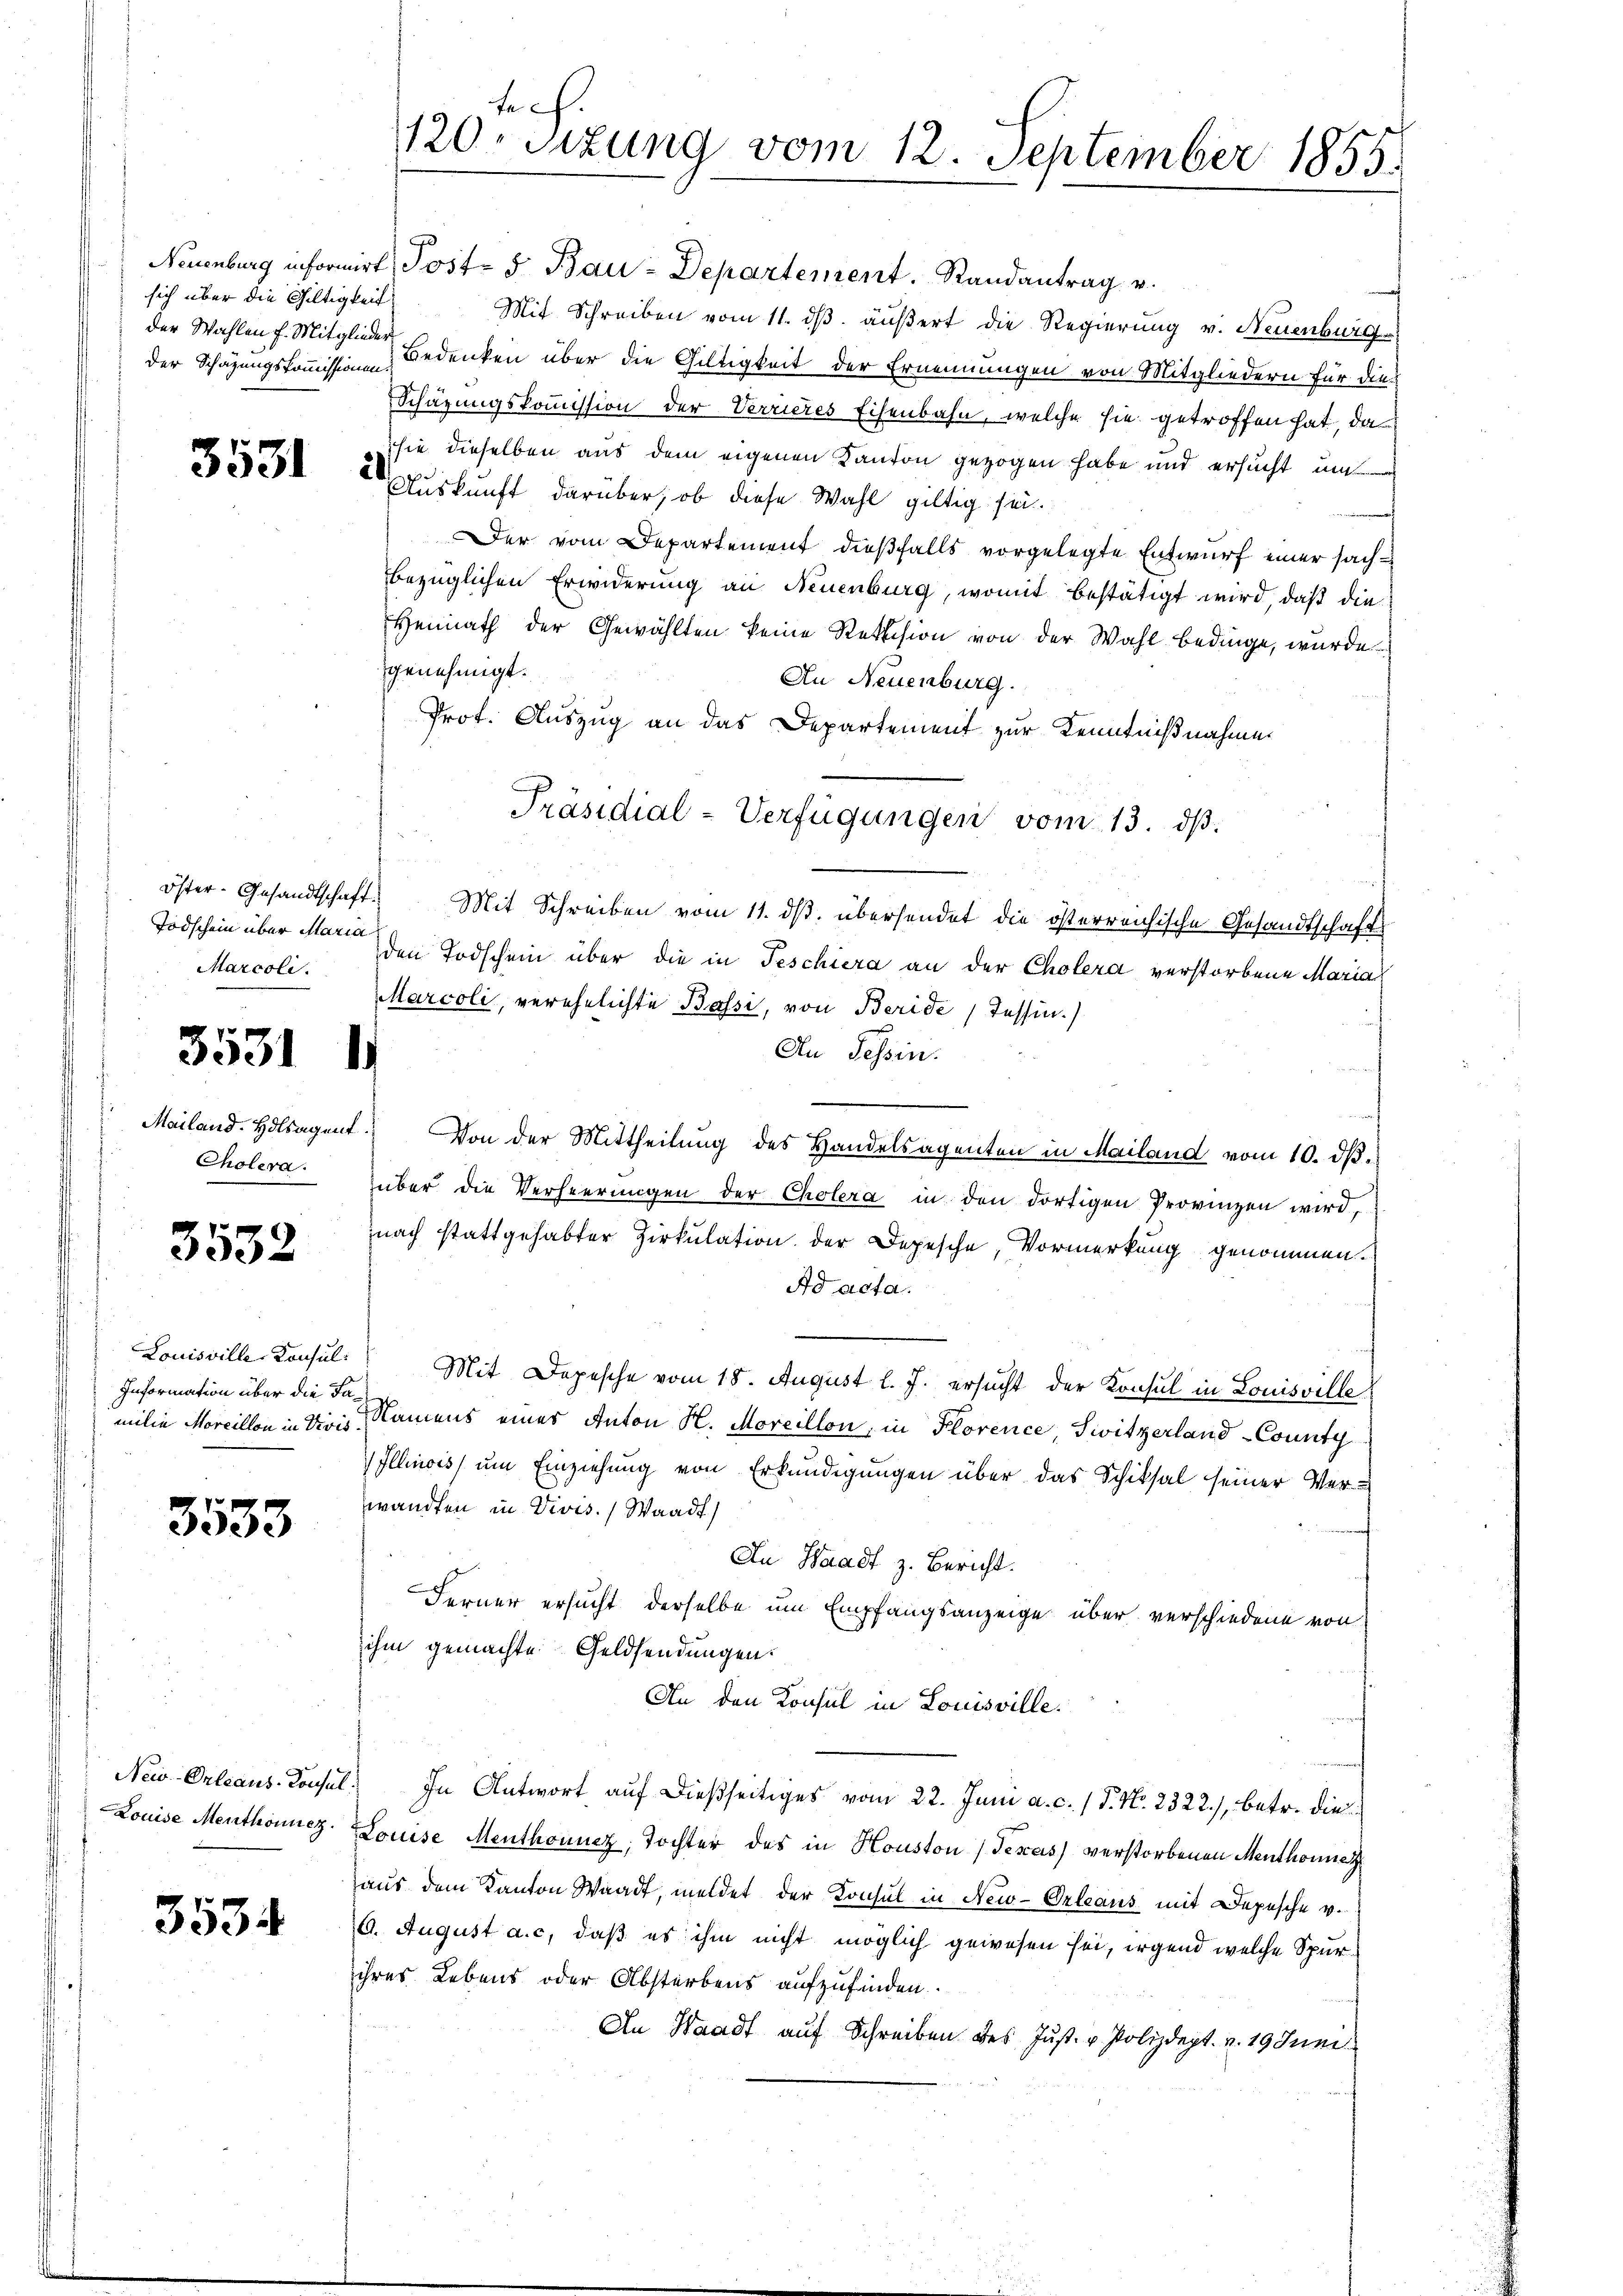
der Wahlen f. Mitglieder

Todschein über Maria
Marcoli.

3531

Cholera.

3532

3533

Louise Menthoniez.

3534

1

Information über die Fa

Neuenburg informirt, Post- & Bau-Departement. Randantrag v.
sich über die Gültigkeit Mit Schreiben vom 11. dβ. äußert die Regierung v. Neuenburg
der Schazungskommissionen Bedenken über die Gültigkeit der Ernennungen von Mitgliedern für die
Schazungskommission der Verrieres Eisenbahn, welche sie getroffen hat, da
sie dieselben aus dem eigenen Kanton gezogen habe und ersucht, um
3332 Auskunft darüber, ob diese Wahl giltig sei.
Der vom Departement dießfalls vorgelegte Entwurf einer sachbezüglichen Erwiderung an Neuenburg, womit bestätigt wird, daß die
Heimath der Gewählten keine Rettision von der Wahl bedinge, wurde
genehmigt.
An Neuenburg.
Prof. Auszug an das Departement zur Kenntnißnahme
Präsidial-Verfügungen vom 13. ds.
öster- Gesandtschaft. Mit Schreiben vom 11. ds. übersendet die österreichische Gesandtschafts
den Todschein über die in Teschiera an der Cholera verstorbene Maria
Marcoli, verehelichte Bassi, von Beride, Tessin.)
An Tessin.
Mailand. Holsagent. Von der Mittheilung des Handelsagenten in Mailand vom 10. dβ.
über die Verheerungen der Cholera in den dortigen Provinzen wird,
nach stattgehabter Zirkulation der Depesche, Vormerkung genommen.
Ad acta.
Louisville Konsul Mit Depesche vom 18. August l. J. ersucht der Konsul in Louisville
milie Moreillon in Divis, Namens eines Anton H. Moreillon, in Florence, Switzerland-County
Illinois, um Einziehung von Erkundigungen über das Schiksal seiner Ver-
wandten in Vivis. Waadt)
An Waadt z. Bericht.
Ferner ersucht derselbe um Empfangsanzeige über verschiedene von
ihm gemachte Geldsendungen.
An den Konsul in Louisville.
New-Orleaus. Konsul. In Antwort auf dießseitiges vom 22. Juni a. c. / P. Nr. 2322./, betr. die
Louise Menthoniez, Tochter des in Houston, Tescas) verstorbenen Menthonnetz
aus dem Kanton Waadt, meldet der Konsul in New-Orleaus mit Depesche v.
6. August a. c, daß es ihm nicht möglich gewesen sei, irgend welche Spurihres Lebens oder Absterbens aufzufinden.
An Waadt auf Schreiben des Just- u. Polizdept. v. 19 Juni

tech.
1120. Sizung vom 12. September 1855.
.